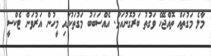
މާލެ މަގުތައް ތޮއްޖެހޭ ވަގުތު ބަރުގޮނުއަޅާ. އެއްސަބަބު މަގުތަކުގައި މީހުން އަރުވަން ޓެކްސީ